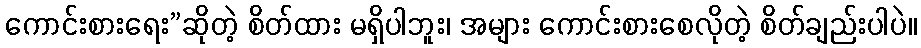
ကောင်းစားရေး”ဆိုတဲ့ စိတ်ထား မရှိပါဘူး၊ အများ ကောင်းစားစေလိုတဲ့ စိတ်ချည်းပါပဲ။